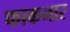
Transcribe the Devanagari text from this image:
फाकनार